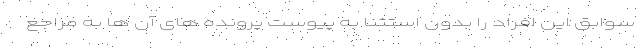
سوابق این افراد را بدون استثنا به پیوست پرونده های آن ها به مراجع